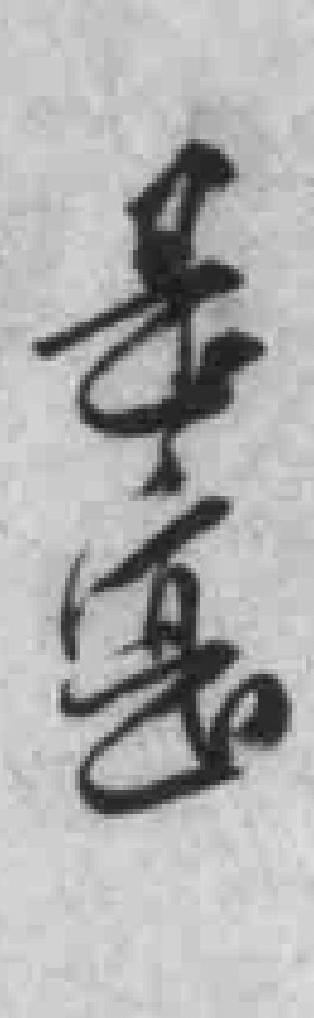
是寔